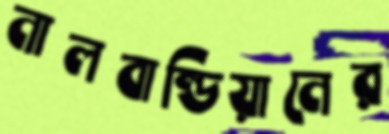
নালবান্ডিয়ানের